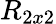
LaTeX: R_{2x2}